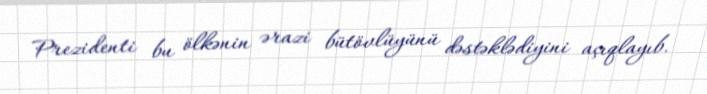
Prezidenti bu ölkənin ərazi bütövlüyünü dəstəklədiyini açıqlayıb.